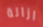
ازالة